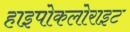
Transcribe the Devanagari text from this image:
हाइपोकलोराइट